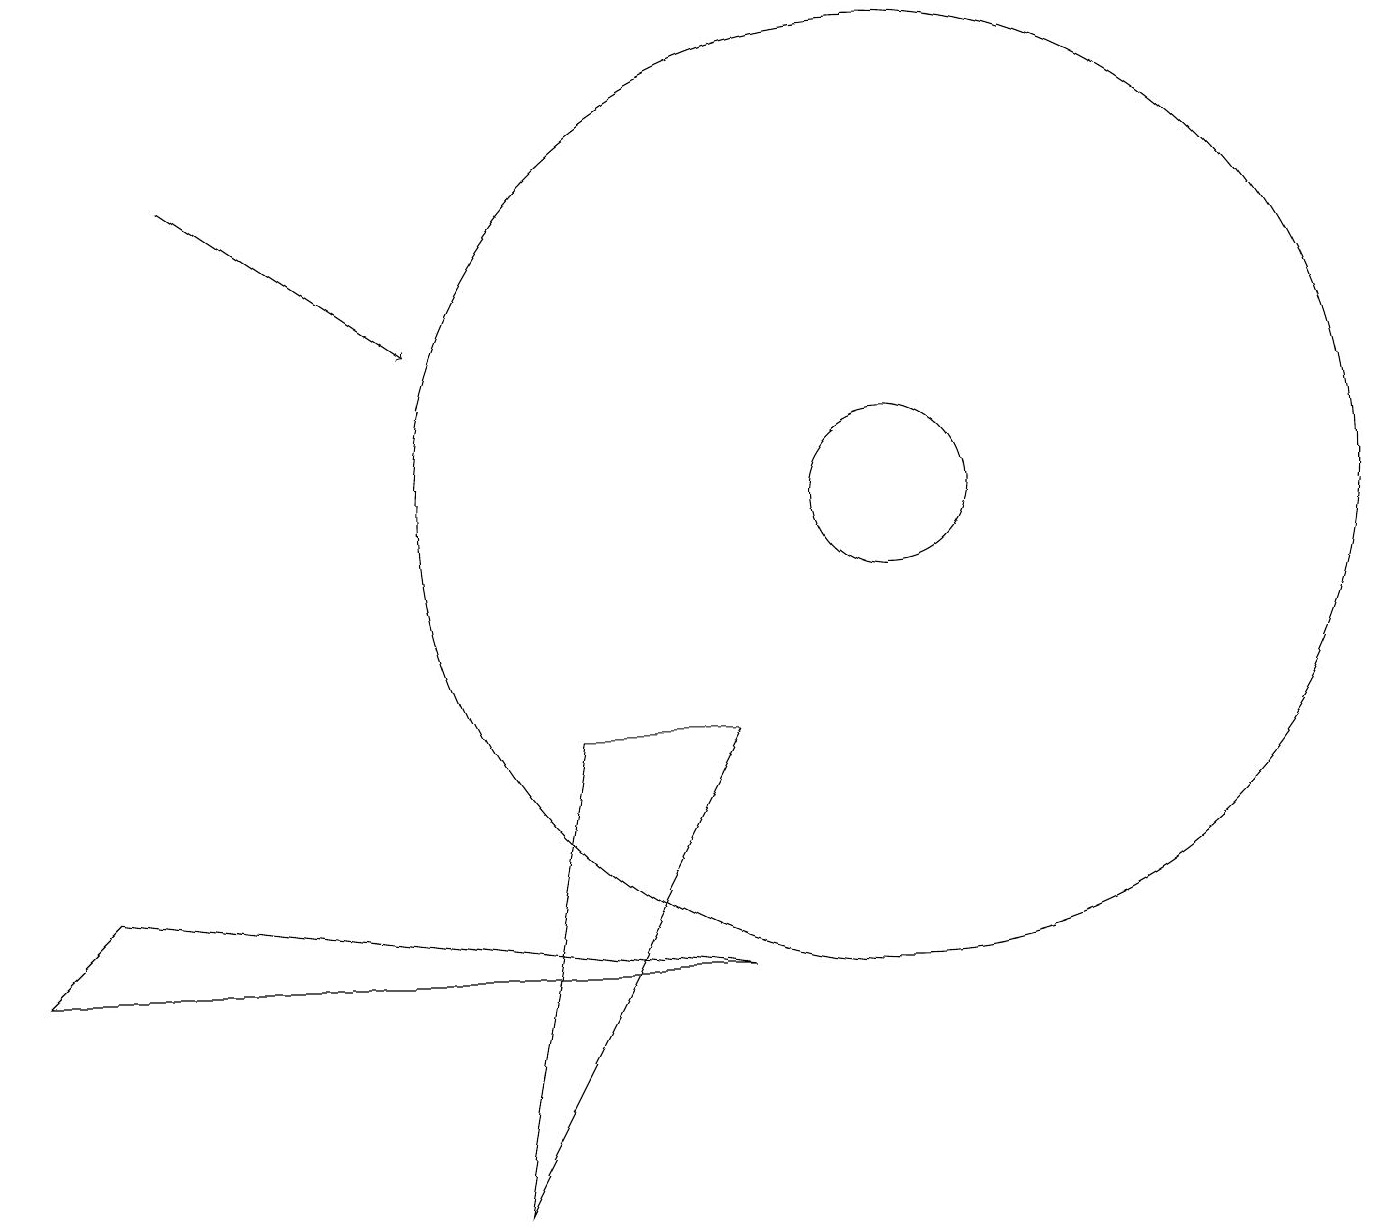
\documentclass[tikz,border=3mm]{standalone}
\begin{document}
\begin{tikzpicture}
\draw (7,7) -- (9,7) -- (6,1) -- cycle;
\draw (11,10) circle (1);
\draw[->] (2,14) -- (5,12);
\draw (11,10) circle (6);
\draw (1,5) -- (0,4) -- (9,4) -- cycle;
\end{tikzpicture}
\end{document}